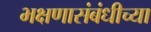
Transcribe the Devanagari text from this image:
भक्षणासंबंधीच्या